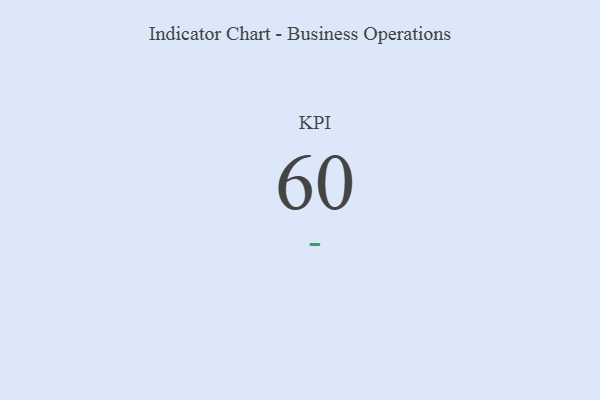
{"axis": {"x": "KPI", "y": "Value"}, "legend": [""], "data": [{"x": "KPI", "y": 60, "type": ""}]}